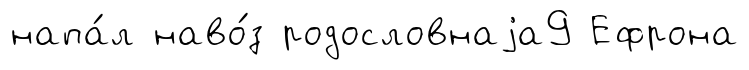
напа́л наво́з родословнаjа9 Ефрона